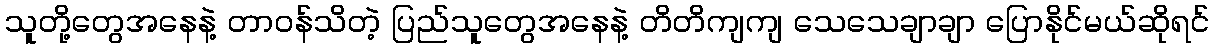
သူတို့တွေအနေနဲ့ တာဝန်သိတဲ့ ပြည်သူတွေအနေနဲ့ တိတိကျကျ သေသေချာချာ ပြောနိုင်မယ်ဆိုရင်